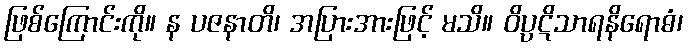
ဖြစ်ကြောင်းကို။ န ပဇနာတိ၊ အပြားအားဖြင့် မသိ။ ဝိပ္ပဋိသာရနိရောဓံ၊